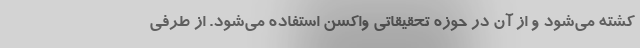
کُشته می‌شود و از آن در حوزه تحقیقاتی واکسن استفاده می‌شود. از طرفی